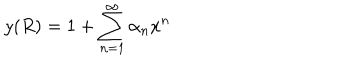
LaTeX: y ( R ) = 1 + \sum _ { n = 1 } ^ { \infty } \alpha _ { n } x ^ { n }